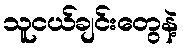
သူငယ်ချင်းတွေနဲ့